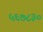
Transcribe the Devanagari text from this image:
५६७८३०